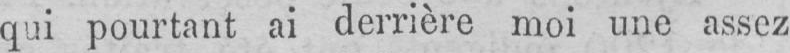
qui pourtant ai derrière moi une assez